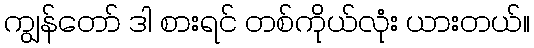
ကျွန်တော် ဒါ စားရင် တစ်ကိုယ်လုံး ယားတယ်။